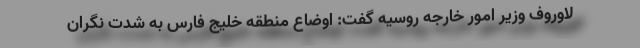
لاوروف وزیر امور خارجه روسیه گفت: اوضاع منطقه خلیج فارس به شدت نگران